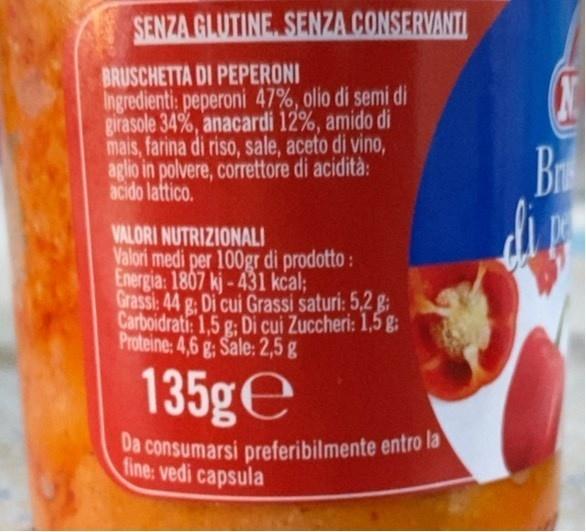
SENZA GLUTINE SENZA CONSERVANTI
BRUSCHETTA DI PEPERONI Ingredienti: peperoni 47%, olio di semi di girasole 34%, anacardi 12%, amido di mais, farina di riso, sale, aceto di vino, aglio in polvere, correttore di acidità: acido lattico.
Br
VALORI NUTRIZIONALI Valori medi per 100gr di prodotto: Energia: 1807 kj-431 kcal; Grassi: 44 g; Di cui Grassi saturi: 5,2 g: Carboidrati: 1,5 g: Di cui Zuccheri: 1,5 gi Proteine: 4,6 g; Sale: 2,5 g
135ge
Da consumarsi preferibilmente entro la fine: vedi capsula